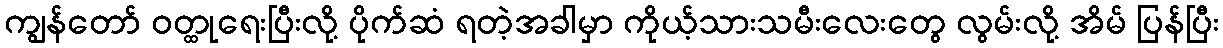
ကျွန်တော် ဝတ္ထုရေးပြီးလို့ ပိုက်ဆံ ရတဲ့အခါမှာ ကိုယ့်သားသမီးလေးတွေ လွမ်းလို့ အိမ် ပြန်ပြီး